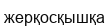
жерқосқышқа